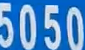
5050